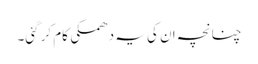
چنانچہ ان کی یہ دھمکی کام کر گئی۔